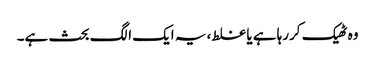
وہ ٹھیک کررہا ہے یا غلط، یہ ایک الگ بحث ہے۔